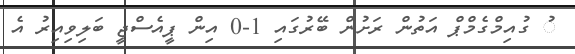
ު ގުއިމްގެމްޕް އަތުން ރަށުން ބޭރުގައި 1-0 އިން ޕީއެސްޖީ ބަލިވިއިރު އެ